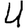
Digit: 4